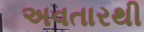
અવતારથી